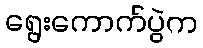
ရွေးကောက်ပွဲက